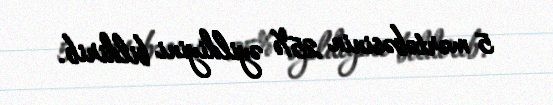
5 mərtəbəsinin 25% əyildiyini bildirib.